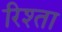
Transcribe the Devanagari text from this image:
रिश्‍ता